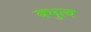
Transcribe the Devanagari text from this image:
बभुत्व